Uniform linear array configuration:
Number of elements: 48
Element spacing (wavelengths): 0.75
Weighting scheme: exponential
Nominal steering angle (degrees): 60
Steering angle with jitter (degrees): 60.786
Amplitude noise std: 0.05
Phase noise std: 0.05

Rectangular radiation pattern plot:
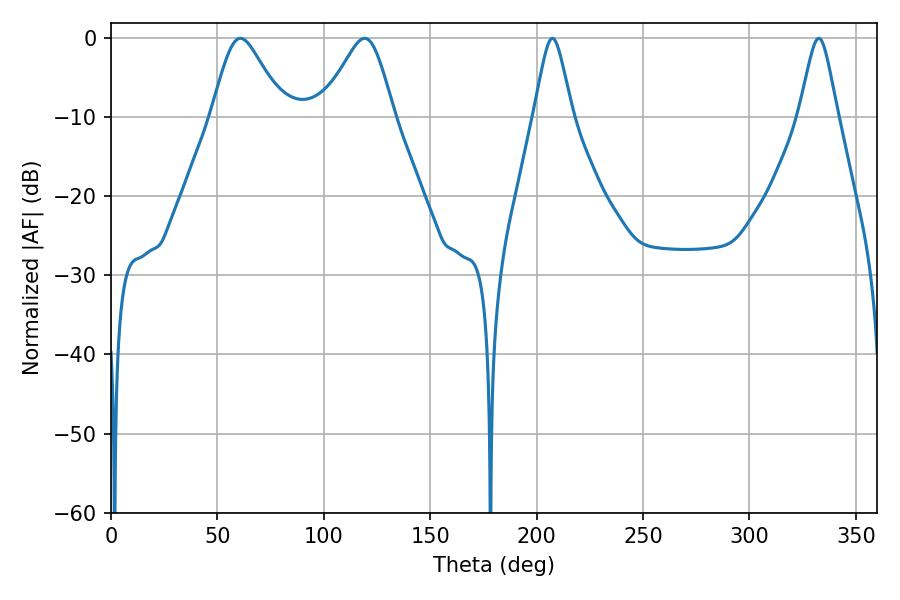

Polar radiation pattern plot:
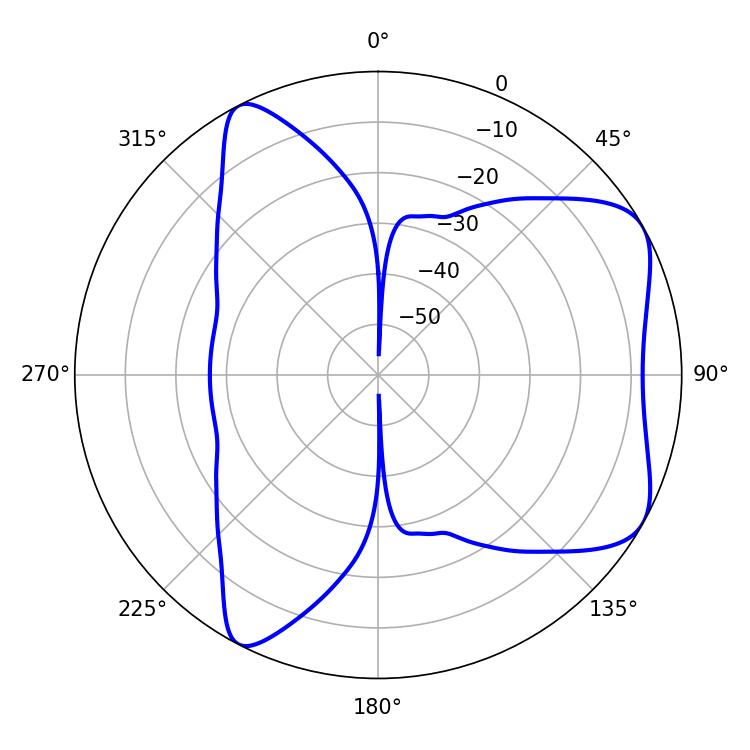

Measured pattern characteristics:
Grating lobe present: TRUE
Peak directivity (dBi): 6.339
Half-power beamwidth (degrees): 16.56
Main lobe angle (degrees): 60.84